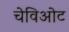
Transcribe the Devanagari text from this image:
चेविओट